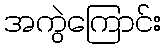
အကွဲကြောင်း